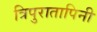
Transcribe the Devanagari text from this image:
त्रिपुरातापिनी